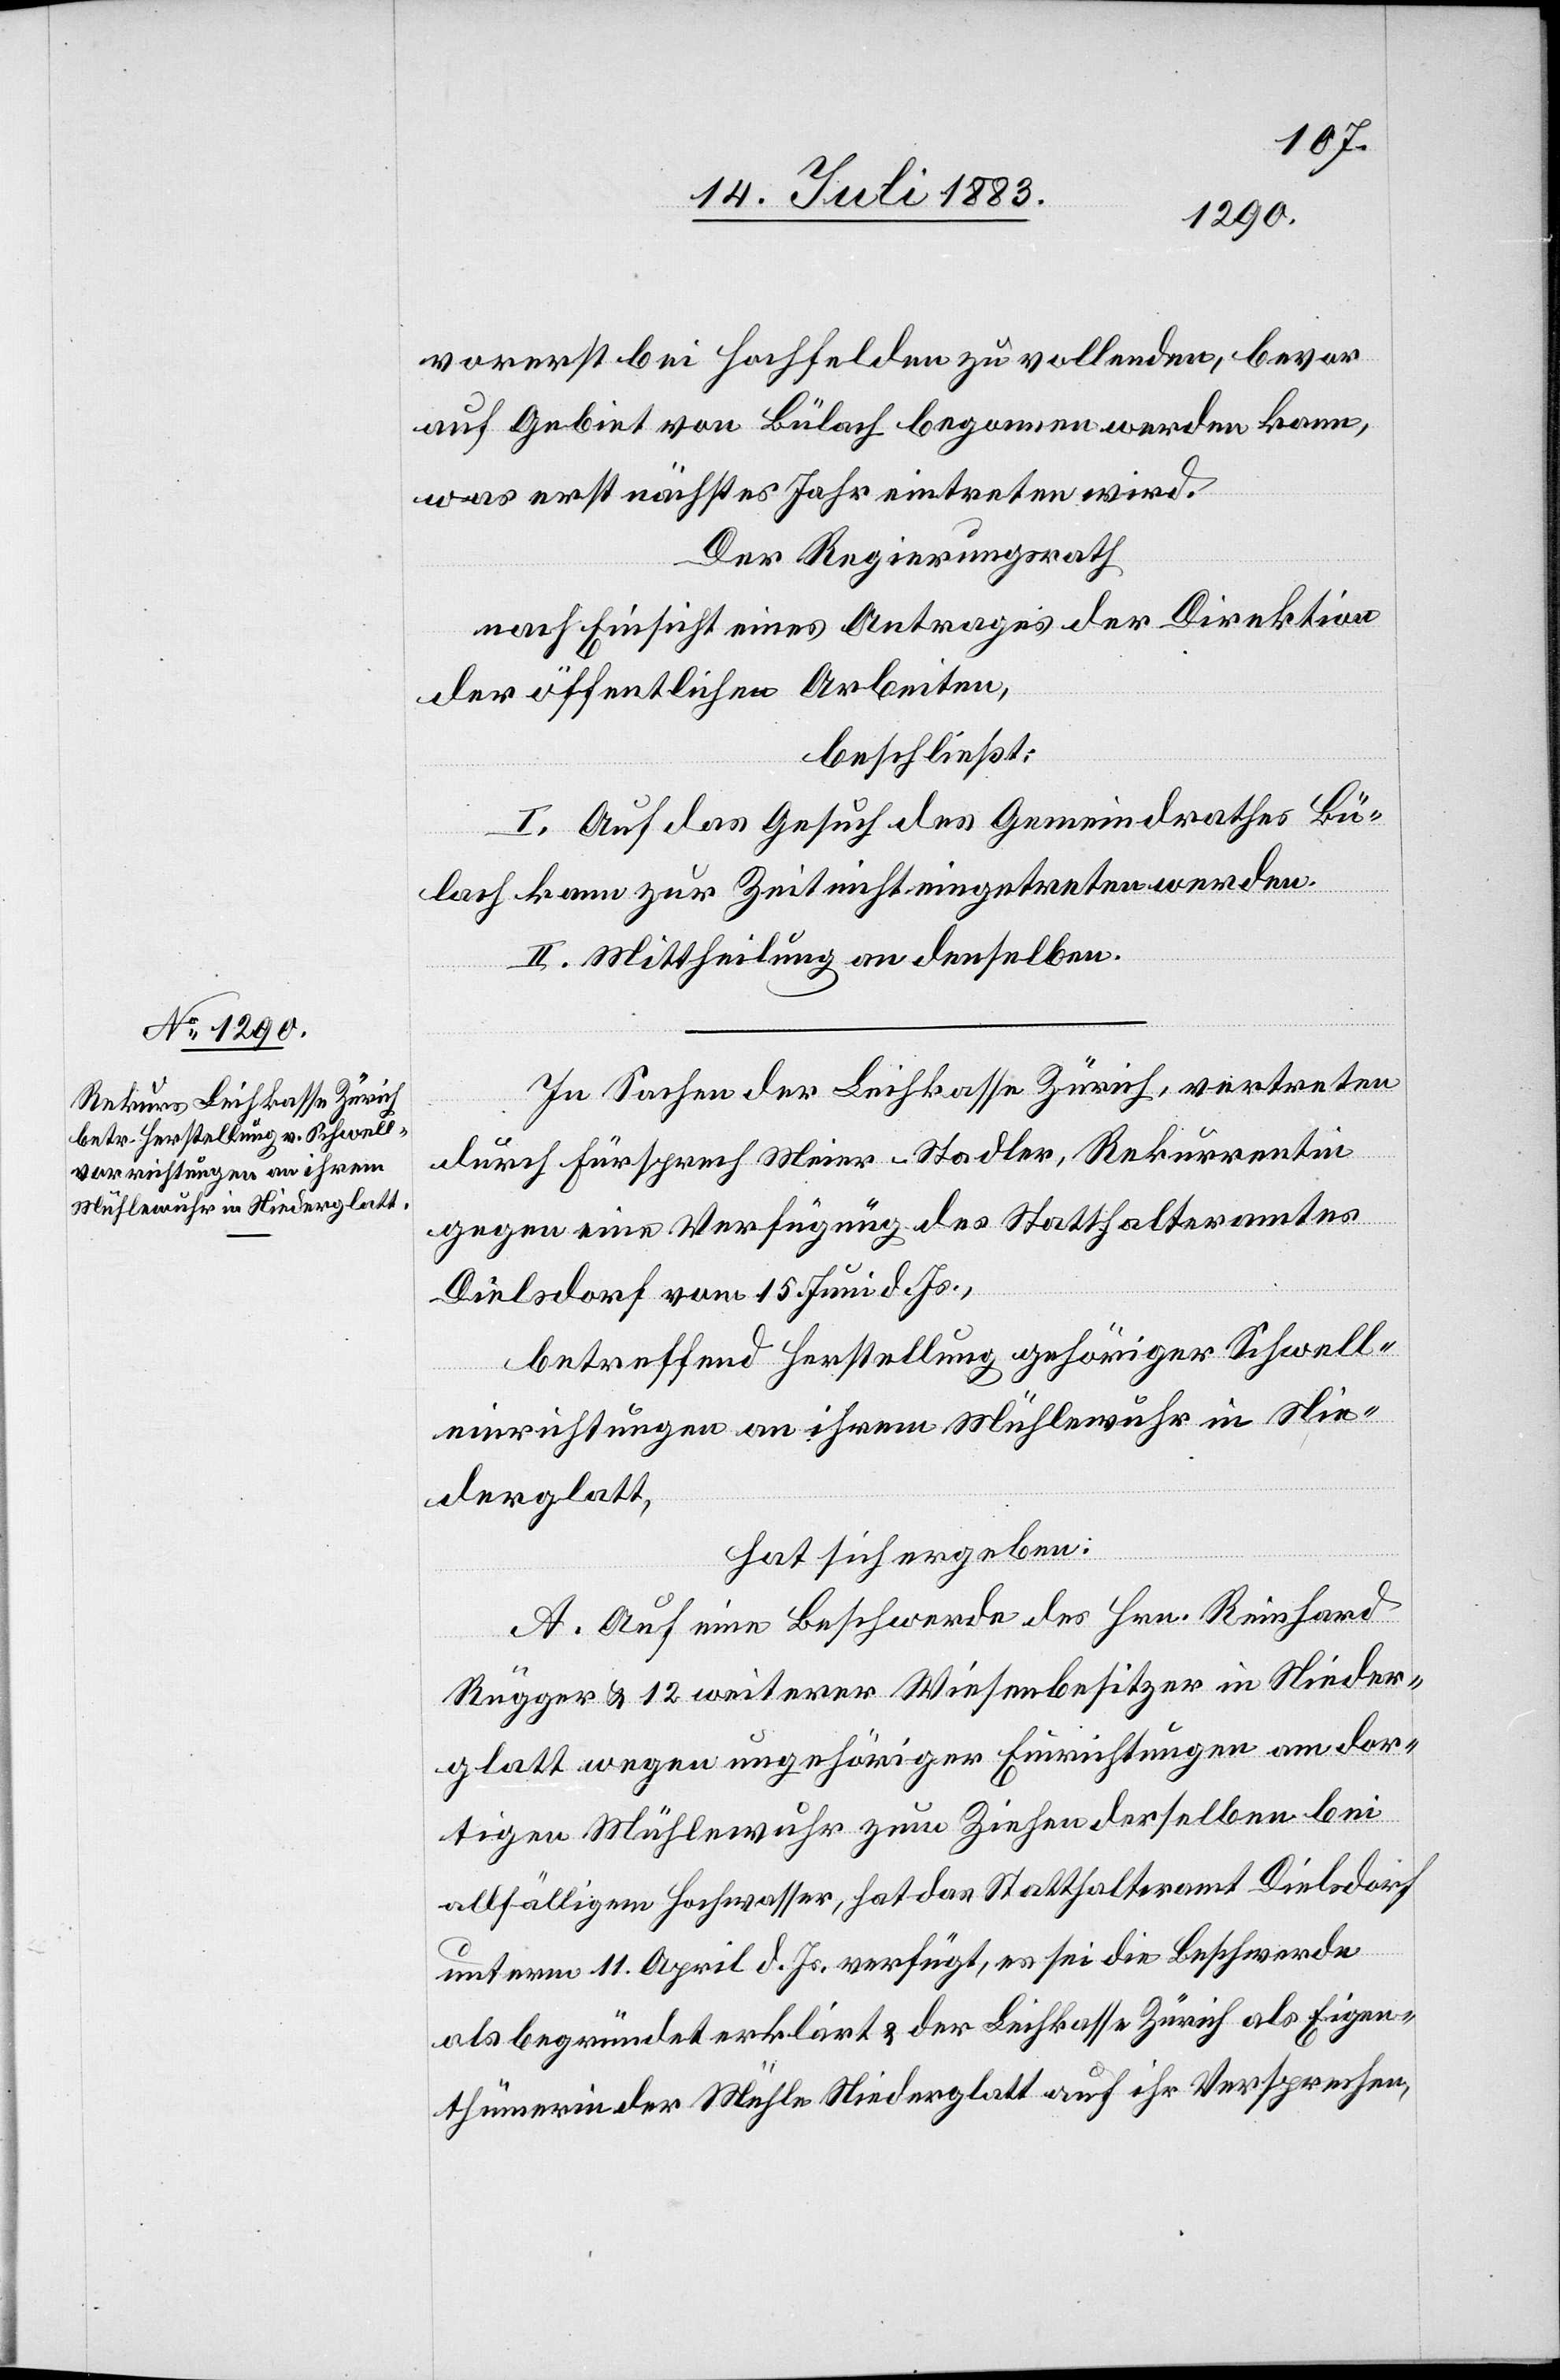
vorerst bei Hochfelden zu vollenden, bevor
auf Gebiet von Bülach begonnen werden kann,
was erst nächstes Jahr eintreten wird.
Der Regierungsrath
nach Einsicht eines Antrages der Direktion
der öffentlichen Arbeiten,
beschließt:
I. Auf das Gesuch des Gemeindrathes Bü¬
lach kann zur Zeit nicht eingetreten werden.
II. Mittheilung an denselben.
In Sachen der Leihkasse Zürich, vertreten
durch Fürsprech Meier-Stadler, Rekurrentin
gegen eine Verfügung des Statthalteramtes
Dielsdorf vom 15. Juni d. Js.,
betreffend Herstellung gehöriger Schwell¬
einrichtungen an ihrem Mühlewuhr in Nie¬
derglatt,
hat sich ergeben:
A. Auf eine Beschwerde des Hrn. Reinhard
Rügger & 12 weiterer Wiesenbesitzer in Nieder¬
glatt wegen ungehöriger Einrichtungen am dor¬
tigen Mühlewuhr zum Ziehen derselben bei
allfälligem Hochwasser, hat das Statthalteramt Dielsdorf
unterm 11. April d. Js. verfügt, es sei die Beschwerde
als begründet erklärt & der Leihkasse Zürich als Eigen¬
thümerin der Mühle Niederglatt auf ihr Versprechen,